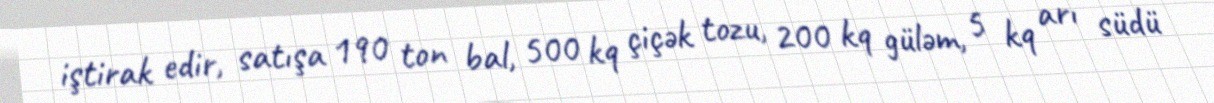
iştirak edir, satışa 190 ton bal, 500 kq çiçək tozu, 200 kq güləm, 5 kq arı südü